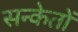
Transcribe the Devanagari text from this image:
सन्केतों